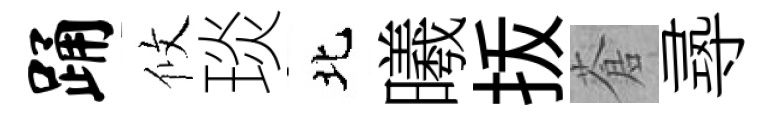
踊攸琰北曦㧞蒼𡬶